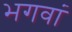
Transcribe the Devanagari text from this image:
भगवां